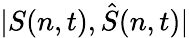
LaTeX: \lvert S(n,t),\hat{S}(n,t)\rvert